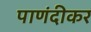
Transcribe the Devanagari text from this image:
पाणंदीकर